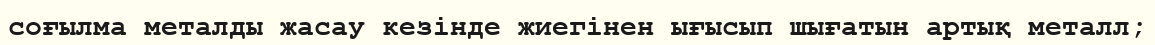
соғылма металды жасау кезінде жиегінен ығысып шығатын артық металл;